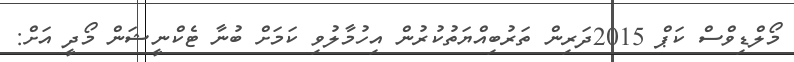
މޯލްޑިވްސް ކަޕް 2015ދަރިން ތަރުބިއްޔަތުކުރުން އިހުމާލުވި ކަމަށް ބުނާ ޓެކްނީޝަން މޯދީ އަށް: